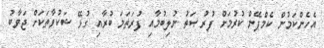
އެހެންކަމުން ކެމްޕޭން ކުރުމަށް ފުރުޞަތު ނުލިބުމާއި ފުރަތަމަ ބުރާއި ގުޅޭ ޝަކުވާތަކަށް ޖަވާބު